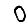
Digit: 0